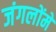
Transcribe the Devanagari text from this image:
जंगलोंमें